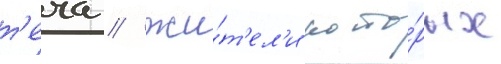
т'еча / жи́т'ел'и кото́рых